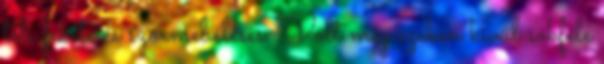
téli fekete és szőrmebéléses. Volt még ezeken kívül sokféle